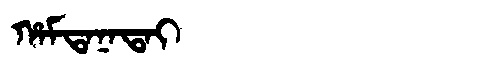
Manchu: ᡥᠠᠮᡨᠠᠨᠠᡨᠠᡳ
Romanization: HAMTANATAI